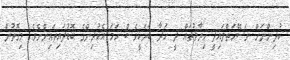
ކުދިންނަށް ނަސޭހަތްލައިދީ ޚިޔާލުތައް ދީ ހަދާ ބަޔަކީވެސް ހަމަ އެކުދިންގެ ބޮޑުދައިތައިންނެެވެ. މިގޮތުން